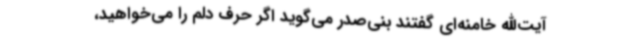
آیت‌الله خامنه‌ای گفتند بنی‌صدر می‌گوید اگر حرف دلم را می‌خواهید،